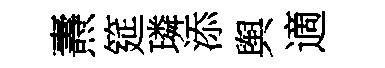
燾筵璘添舆適